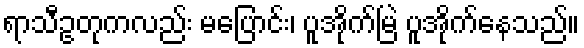
ရာသီဥတုကလည်း မပြောင်း၊ ပူအိုက်မြဲ ပူအိုက်နေသည်။